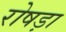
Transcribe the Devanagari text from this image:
रोषड़ा